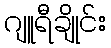
ဂျူရီချိုင်း